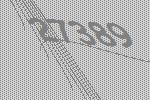
27389